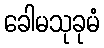
ခေါမသုခုမံ